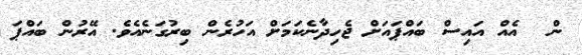
ން  އެއް އައިސް ބައްޕައަށް ޖެހިދާނެކަމަށް އަހުރެން ބިރުގަނެއެވެ. އޭރުން ބައްޕަ